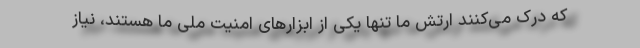
که درک می‌کنند ارتش ما تنها یکی از ابزارهای امنیت ملی ما هستند، نیاز